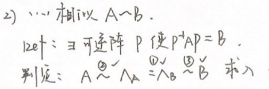
2) …… 相似 \(A\sim B\)。定义：\(\exists\)可逆阵\(P\)，使\(P^{-1}AP = B\)。判别：\(A\sim \Lambda\)  \(\Leftrightarrow\)  \( \overset{\text{?}}{\sim} B\)  求\(\lambda\)